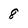
Character: 8